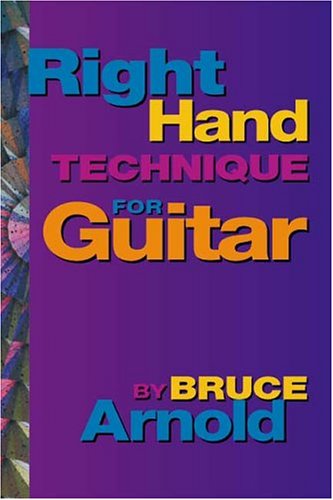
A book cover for Right Hand Technique for the Guitar Volume One; Bruce Arnold; Health, Fitness & Dieting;